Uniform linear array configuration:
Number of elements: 16
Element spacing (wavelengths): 0.25
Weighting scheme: hamming
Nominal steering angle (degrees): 30
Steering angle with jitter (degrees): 31.355
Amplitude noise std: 0.05
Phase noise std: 0.05

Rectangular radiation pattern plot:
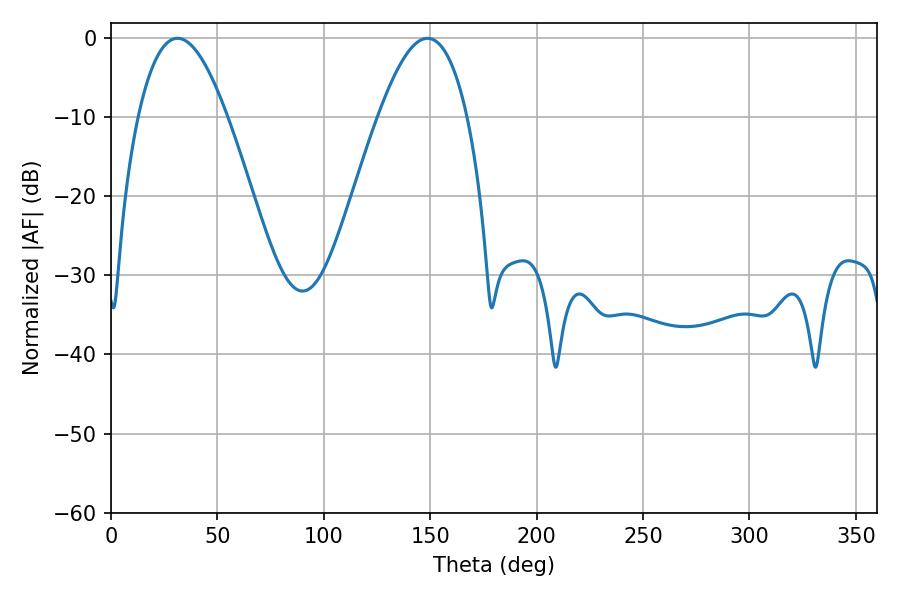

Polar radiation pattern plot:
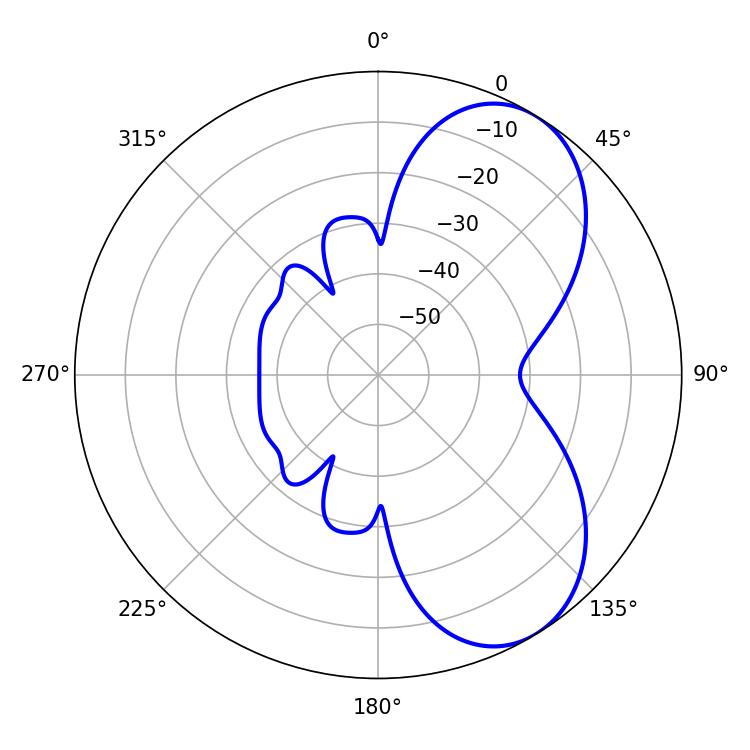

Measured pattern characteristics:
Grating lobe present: FALSE
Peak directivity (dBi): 6.382
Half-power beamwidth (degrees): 22.86
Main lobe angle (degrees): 31.32